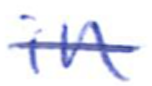
Text: in
Cross-out: single-line
Writing tool: ballpoint